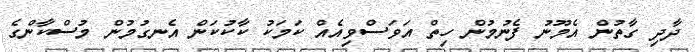
ދާދި ގާތުން އެމޫނު ފެނުމުން ހިތް އަވަސްވިއެއް ކަމަކު ކާކުކަން އެނގުމުން މުސްކާންގެ